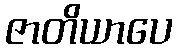
ဇာတိယာပေ